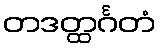
တဒတ္ထင်္ဂတံ